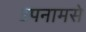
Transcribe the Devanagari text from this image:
उपनामसे